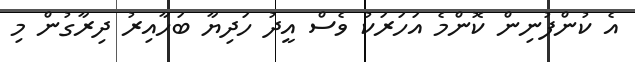
އެ ކުންފުނިން ކޮންމެ އަހަރަކު ވެސް އީދު ހަދިޔާ ބަހާއިރު ދިރާގުން މި